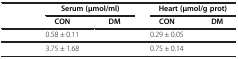
<table><thead><tr><td rowspan="2">[EMPTY_CELL]</td><td colspan="2"><b>Serum (μmol/ml)</b></td><td colspan="2"><b>Heart (μmol/g prot)</b></td></tr><tr><td><b>CON</b></td><td><b>DM</b></td><td><b>CON</b></td><td><b>DM</b></td></tr></thead><tbody><tr><td>[EMPTY_CELL]</td><td>0.58 ± 0.11</td><td>[EMPTY_CELL]</td><td>0.29 ± 0.05</td><td>[EMPTY_CELL]</td></tr><tr><td>[EMPTY_CELL]</td><td>3.75 ± 1.68</td><td>[EMPTY_CELL]</td><td>0.75 ± 0.14</td><td>[EMPTY_CELL]</td></tr></tbody></table>